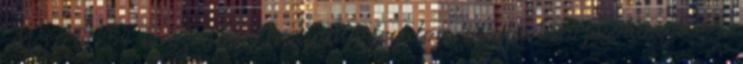
MSZ EN 54 sorozatban használt fogalom meghatározásokon túl a